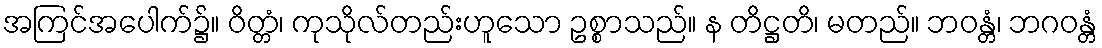
အကြင်အပေါက်၌။ ဝိတ္တံ၊ ကုသိုလ်တည်းဟူသော ဥစ္စာသည်။ န တိဋ္ဌတိ၊ မတည်။ ဘဝန္တံ၊ ဘဂဝန္တံ